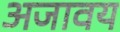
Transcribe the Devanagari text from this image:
अजावय